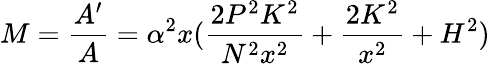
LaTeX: M={\frac{A^{\prime}}{A}}=\alpha^{2}x({\frac{2P^{2}K^{2}}{N^{2}x^{2}}}+{\frac{2K^{2}}{x^{2}}}+H^{2})